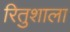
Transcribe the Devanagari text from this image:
रितुशाला